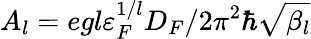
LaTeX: A_{l}=egl\varepsilon_{F}^{1/l}D_{F}/2\pi^{2}\hbar\sqrt{\beta_{l}}